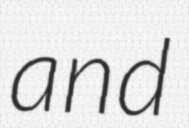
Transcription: and